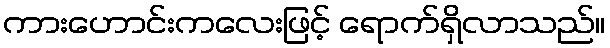
ကားဟောင်းကလေးဖြင့် ရောက်ရှိလာသည်။